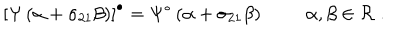
\left[ \Psi \left( \alpha + \sigma _ { 2 1 } \beta \right) \right] ^ { \bullet } = \Psi ^ { \bullet } \left( \alpha + \sigma _ { 2 1 } \beta \right) \alpha , \beta \in { \cal R } ~ .